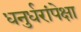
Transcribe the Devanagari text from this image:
धनुर्धरांपेक्षा